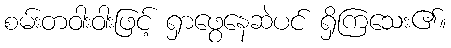
စမ်းတဝါးဝါးဖြင့် ရှာဖွေနေဆဲပင် ရှိကြသေး၏။